Problem: 8 × 4 = ?
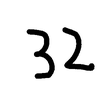
Handwritten answer: 32